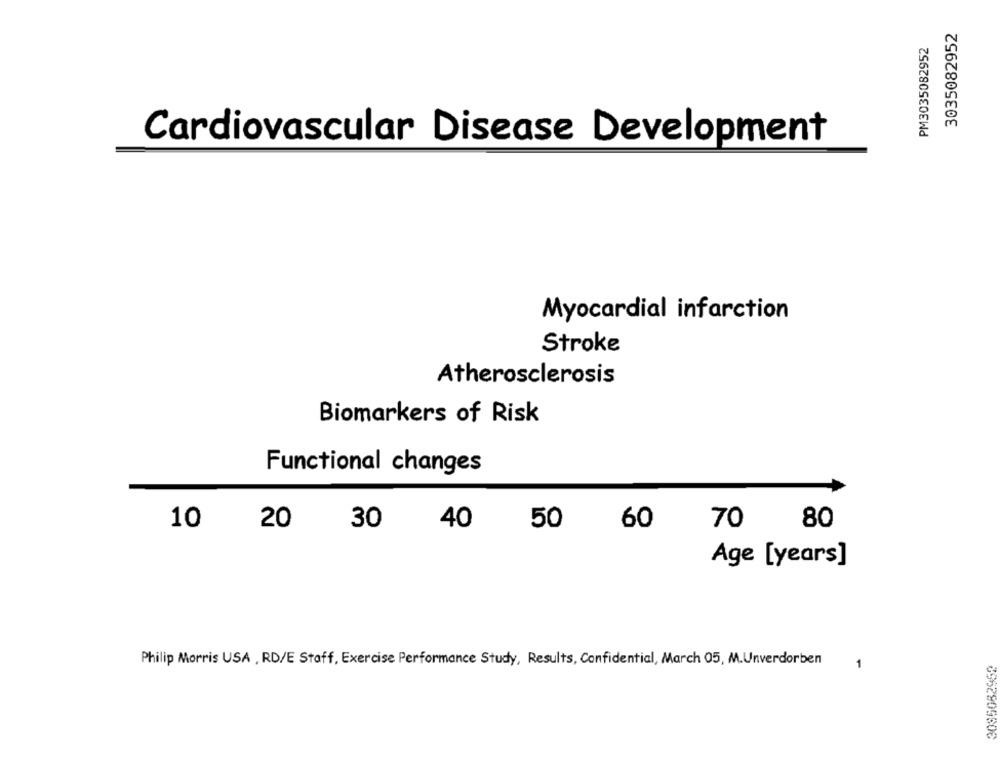
3035082952
PM3035082952
Cardiovascular Disease Development
Myocardial infarction
Stroke
Atherosclerosis
Biomarkers of Risk
Functional changes
10
20
30
40
50
60
70
80
Age [years]
Philip Morris USA , RD/E Staff, Exercise Performance Study, Results, Confidential, March 05, M.Unverdorben
3085082952
1